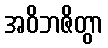
အဝိဘဇိတွာ